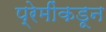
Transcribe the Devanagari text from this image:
प्रेमींकडून